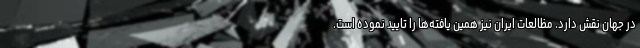
در جهان نقش دارد. مظالعات ایران نیز همین یافته‌ها را تایید نموده است.